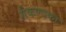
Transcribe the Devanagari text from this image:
सैकण्दका